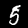
Label: 5